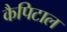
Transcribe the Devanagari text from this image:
कैपिटाल